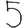
Digit: 5